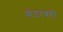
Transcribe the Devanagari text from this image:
सेंटरबरी